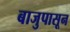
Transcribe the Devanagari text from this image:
बाजुपासून